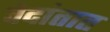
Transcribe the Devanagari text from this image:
वेदांतात